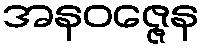
အနဝဇ္ဇေန